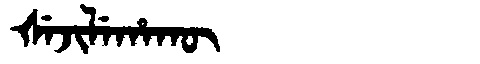
Manchu: ᡧᡝᠵᡳᠯᡝᡥᠠᡴᡡ
Romanization: ŠEJILEHAKŪ